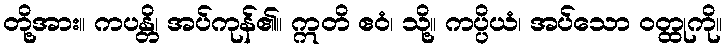
တို့အား။ ကပန္တိ၊ အပ်ကုန်၏။ ဣတိ ဧဝံ၊ သို့။ ကပ္ပိယံ၊ အပ်သော ဝတ္ထုကို။